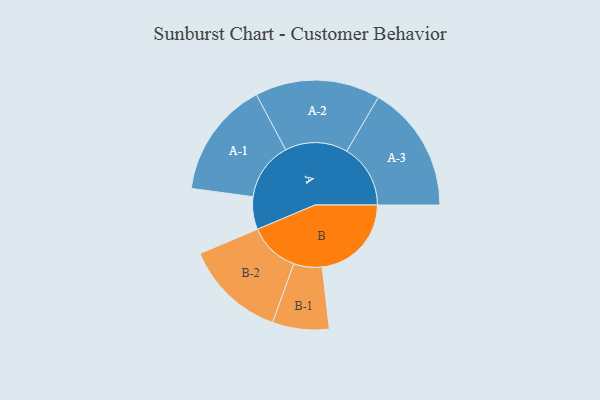
{"axis": {"x": "Segment", "y": "Value"}, "legend": ["", "A", "B"], "data": [{"x": "A", "y": 142, "type": ""}, {"x": "B", "y": 388, "type": ""}, {"x": "A-1", "y": 253, "type": "A"}, {"x": "A-2", "y": 272, "type": "A"}, {"x": "A-3", "y": 277, "type": "A"}, {"x": "B-1", "y": 123, "type": "B"}, {"x": "B-2", "y": 220, "type": "B"}]}